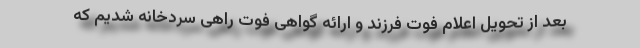
بعد از تحویل اعلام فوت فرزند و ارائه گواهی فوت راهی سردخانه شدیم که